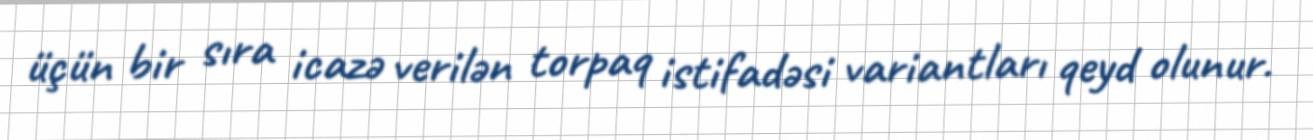
üçün bir sıra icazə verilən torpaq istifadəsi variantları qeyd olunur.